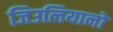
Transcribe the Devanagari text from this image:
जिउलियानो